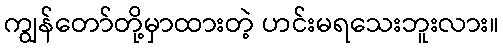
ကျွန်တော်တို့မှာထားတဲ့ ဟင်းမရသေးဘူးလား။